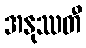
အနုဿတီ